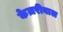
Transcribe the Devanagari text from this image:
केज़रीवाल